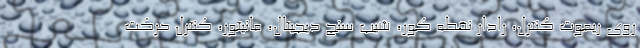
روی ریموت کنترل، رادار نقطه کور، شیب سنج دیجیتال، مانیتور، کنترل حرکت